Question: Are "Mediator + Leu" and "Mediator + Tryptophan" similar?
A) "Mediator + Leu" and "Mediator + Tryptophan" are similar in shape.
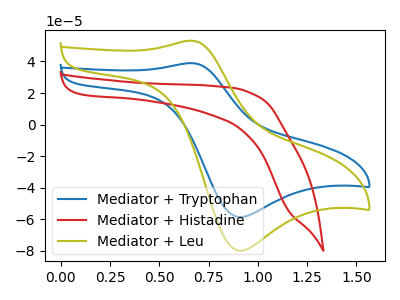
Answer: <think>The blue curve "Mediator + Tryptophan" has an anodic peak at (0.65V, 38.95uA) and a cathodic peak at (0.90V, -58.55uA). The red curve "Mediator + Histadine" has no peaks. The olive curve "Mediator + Leu" has an anodic peak at (0.65V, 53.20uA) and a cathodic peak at (0.90V, -79.90uA).
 All the peaks in "Mediator + Leu" have a peak in "Mediator + Tryptophan" at the same potential. Every peak in "Mediator + Leu" is higher than every peak in "Mediator + Tryptophan".</think>
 <answer>A) "Mediator + Leu" and "Mediator + Tryptophan" are similar in shape.</answer>
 <eval>A</eval>